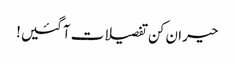
حیران کن تفصیلات آگئیں!